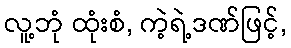
လူ့ဘုံ ထုံးစံ, ကဲ့ရဲ့ဒဏ်ဖြင့်,